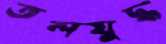
তলযুদ্ধ